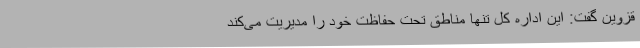
قزوین گفت: این اداره کل تنها مناطق تحت حفاظت خود را مدیریت می‌کند